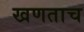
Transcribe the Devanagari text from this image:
खणताच